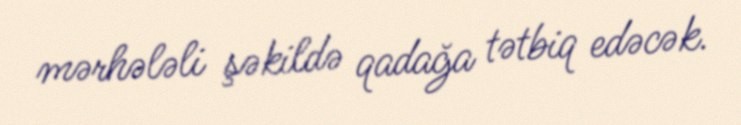
mərhələli şəkildə qadağa tətbiq edəcək.